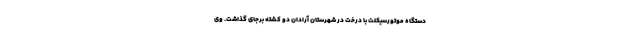
دستگاه موتورسیکلت با درخت در شهرستان آرادان دو کشته برجای گذاشت. وی